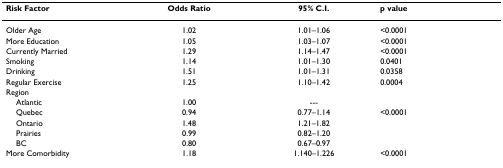
<table><thead><tr><td><b>Risk Factor</b></td><td><b>Odds Ratio</b></td><td><b>95% C.I.</b></td><td><b>p value</b></td></tr></thead><tbody><tr><td>Older Age</td><td>1.02</td><td>1.01–1.06</td><td>&lt;0.0001</td></tr><tr><td>More Education</td><td>1.05</td><td>1.03–1.07</td><td>&lt;0.0001</td></tr><tr><td>Currently Married</td><td>1.29</td><td>1.14–1.47</td><td>&lt;0.0001</td></tr><tr><td>Smoking</td><td>1.14</td><td>1.01–1.30</td><td>0.0401</td></tr><tr><td>Drinking</td><td>1.51</td><td>1.01–1.31</td><td>0.0358</td></tr><tr><td>Regular Exercise</td><td>1.25</td><td>1.10–1.42</td><td>0.0004</td></tr><tr><td>Region</td><td></td><td></td><td></td></tr><tr><td> Atlantic</td><td>1.00</td><td>---</td><td></td></tr><tr><td> Quebec</td><td>0.94</td><td>0.77–1.14</td><td>&lt;0.0001</td></tr><tr><td> Ontario</td><td>1.48</td><td>1.21–1.82</td><td></td></tr><tr><td> Prairies</td><td>0.99</td><td>0.82–1.20</td><td></td></tr><tr><td> BC</td><td>0.80</td><td>0.67–0.97</td><td></td></tr><tr><td>More Comorbidity</td><td>1.18</td><td>1.140–1.226</td><td>&lt;0.0001</td></tr></tbody></table>